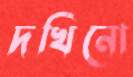
দখিনো